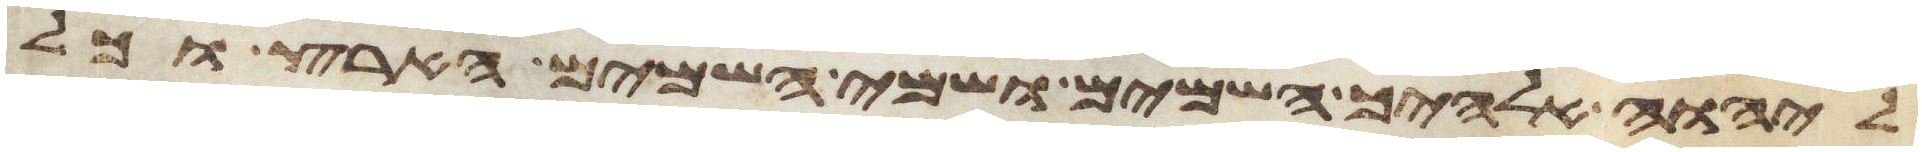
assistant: ליהוה אלהיך השמים ושמי השמים הארץ וכל